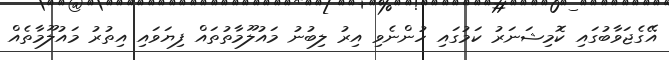
އޭގެޖަވާބުގައި ކޮމިޝަނަރު ކަމުގައި ހުންނެވި އިރު ލިބުނު މައުލޫމާތުތައް ފިޔަވައި އިތުރު މައުލޫމާތެއް